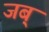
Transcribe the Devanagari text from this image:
जब्